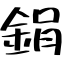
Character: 鋗